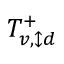
T _ { v , \updownarrow d } ^ { + }